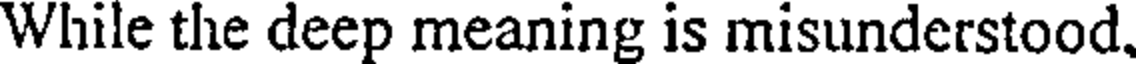
While the deep meaning is misunderstood.